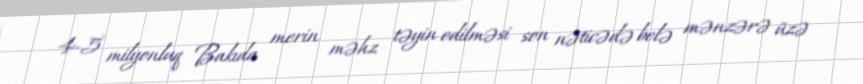
4-5 milyonluq Bakıda merin məhz təyin edilməsi son nəticədə belə mənzərə üzə